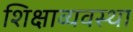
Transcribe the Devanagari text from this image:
शिक्षाव्यवस्था